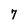
Character: 7